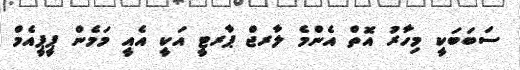
ސަބަބަކީ މިހާރު އޮތް އެންމެ ލާރޖް ޕާރޓީ އަކީ އެއީ މަމެން ޕީޕީއެމް